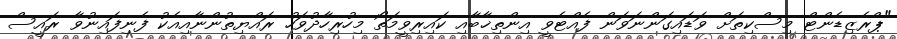
"ޕްރެޒިޑެންޓް މިސްކިތަށް ވަޑައިގަންނަވަން ފެއްޓެވީ އިންތިޚާބާއި ކައިރިވީމަތޯ މިހުރިހާދުވަހު ރައްޔިތުންނާއިއެކު ފެނިފައިނުވާ ރައީސް